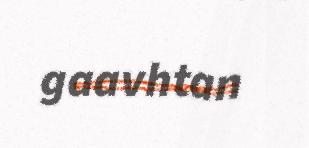
gaavhtan